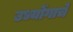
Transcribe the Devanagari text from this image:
उध्योंगाचे